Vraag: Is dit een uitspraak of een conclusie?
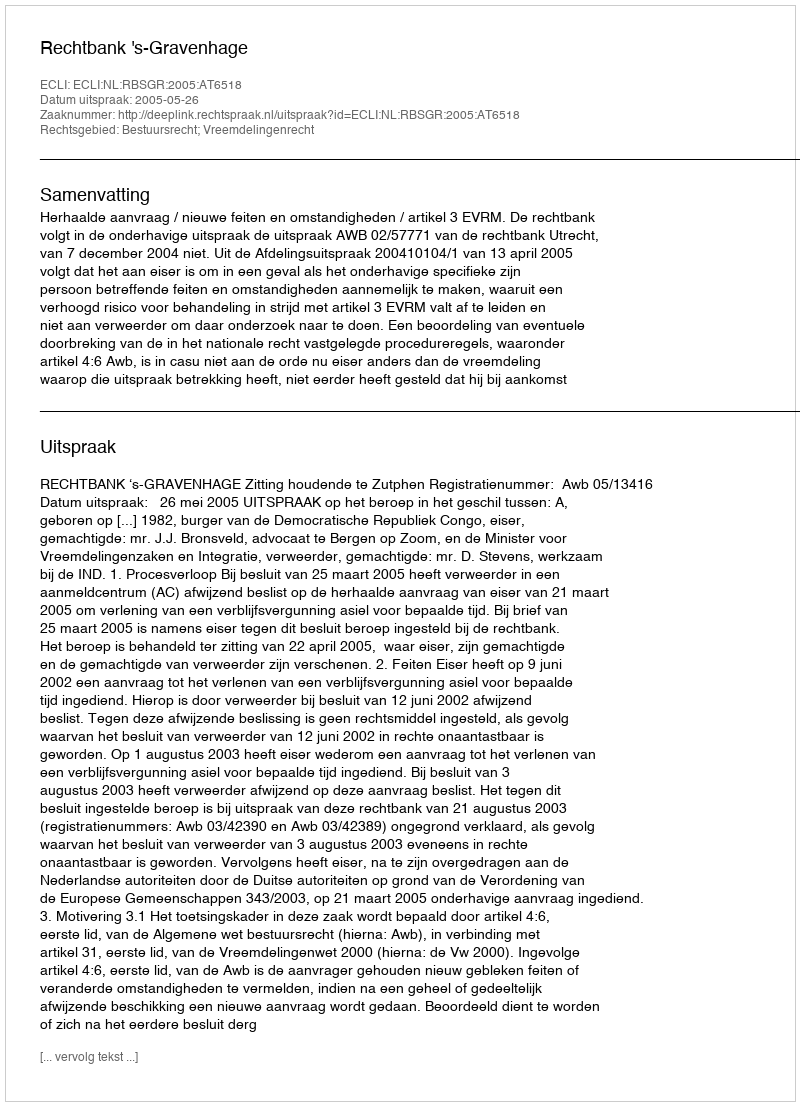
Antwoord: Uitspraak